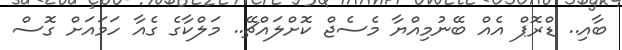
ބާއި.. ޑްރޮޕް އެއް ބޭނުމިއްޔާ މެސެޖް ކޮށްލައްޗޭ.. މަލްކާގެ ގެއާ ހަމައަށް ގޮސް